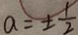
a = \pm \frac { 1 } { 2 }